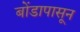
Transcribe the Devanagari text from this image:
बोंडापासून